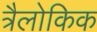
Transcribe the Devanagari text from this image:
त्रैलोकिक